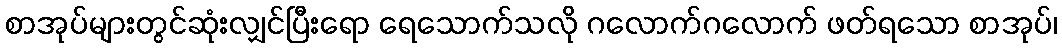
စာအုပ်များတွင်ဆုံးလျှင်ပြီးရော ရေသောက်သလို ဂလောက်ဂလောက် ဖတ်ရသော စာအုပ်၊